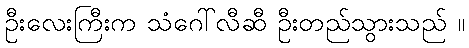
ဦးလေးကြီးက သံဂေါ်လီဆီ ဦးတည်သွားသည် ။